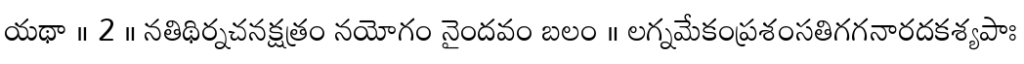
యథా ॥ 2 ॥ నతిథిర్నచనక్షత్రం నయోగం నైందవం బలం ॥ లగ్నమేకంప్రశంసతిగగనారదకశ్యపాః